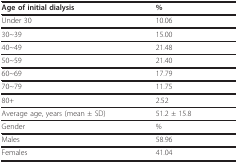
<table><thead><tr><td><b>Age of initial dialysis</b></td><td><b>%</b></td></tr></thead><tbody><tr><td>Under 30</td><td>10.06</td></tr><tr><td>30~39</td><td>15.00</td></tr><tr><td>40~49</td><td>21.48</td></tr><tr><td>50~59</td><td>21.40</td></tr><tr><td>60~69</td><td>17.79</td></tr><tr><td>70~79</td><td>11.75</td></tr><tr><td>80+</td><td>2.52</td></tr><tr><td>Average age, years (mean ± SD)</td><td>51.2 ± 15.8</td></tr><tr><td>Gender</td><td>%</td></tr><tr><td>Males</td><td>58.96</td></tr><tr><td>Females</td><td>41.04</td></tr></tbody></table>